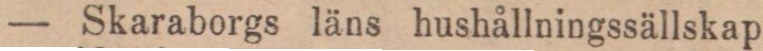
— Skaraborgs läns hushållningssällskap